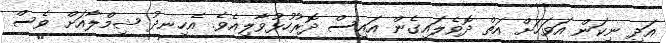
އަދި ނިކަން އަވަހަށް އަތް ދޮވެލައިގެން އައިސް ދޮރުހުޅުވާލިއެވެ. އެހިނދު ޝިމްލާއަށް ވެސް